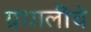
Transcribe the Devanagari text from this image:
ग्रंथालीचे